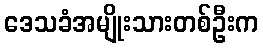
ဒေသခံအမျိုးသားတစ်ဦးက